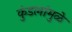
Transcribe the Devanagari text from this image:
कुंडलांमुळे